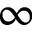
\infty